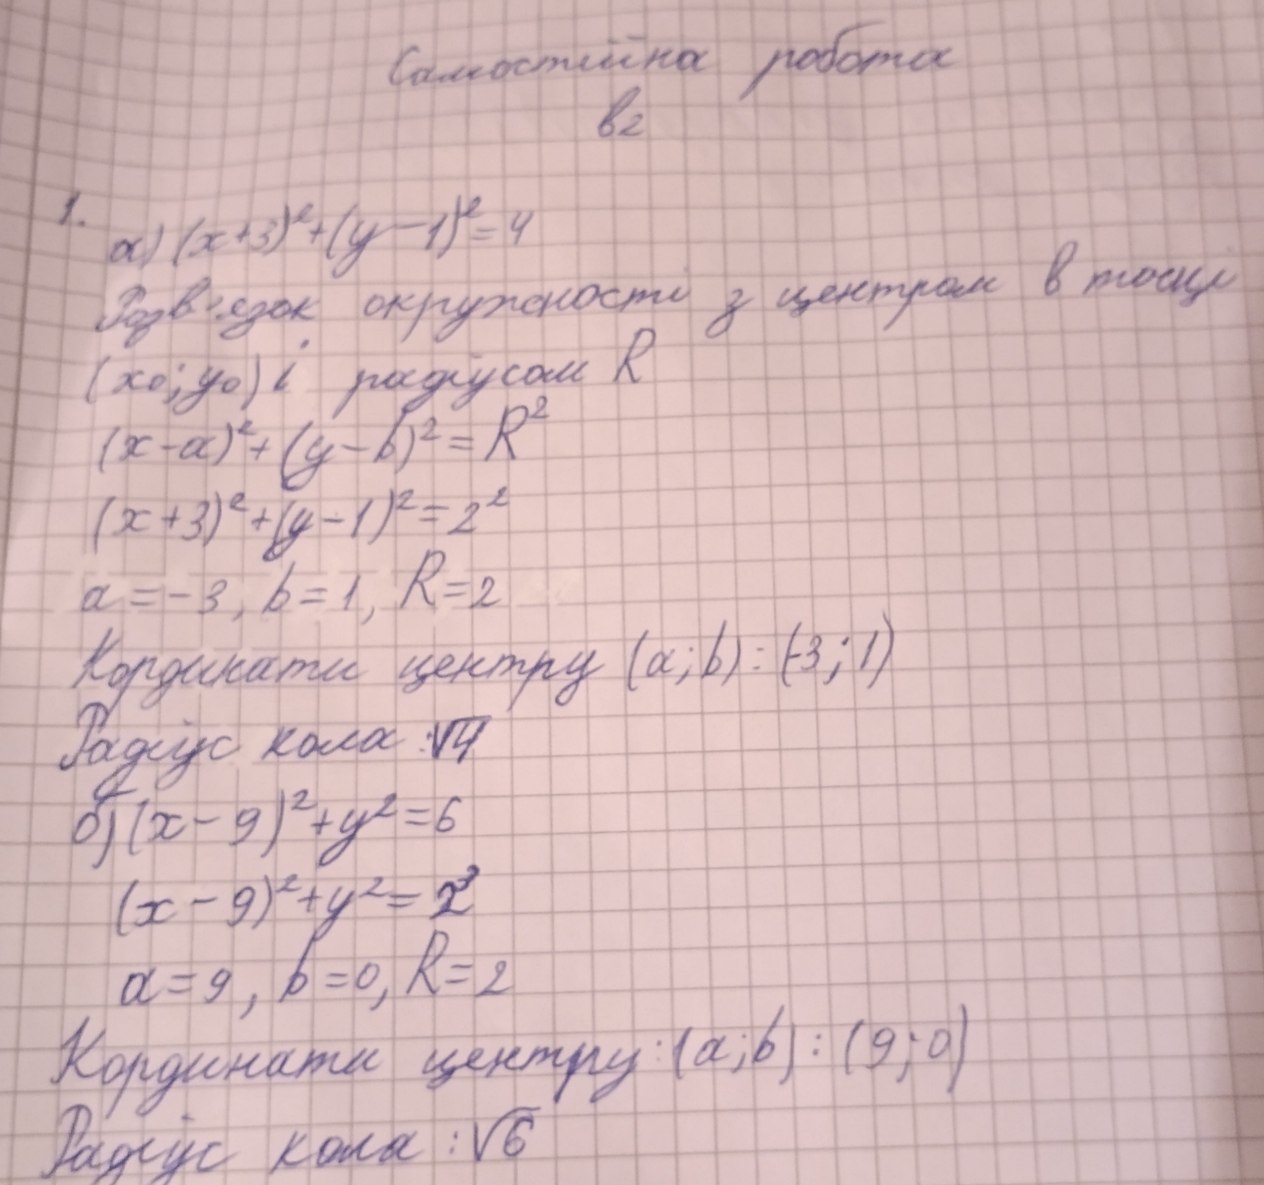
Самостійна робота
в2
1. a) (x + 3)^2 + (y - 1)^2 = 4
Розв'язок: окружності з центром в точці
(x0; y0) i радіусом R
(x - a)^2 + (y - b)^2 = R^2
(x + 3)^2 + (y - 1)^2 = 2^2
a = -3, b = 1, R = 2
Кординати центру (a; b) = (-3; 1)
Радіус кола: \sqrt{4}
d) (x - 9)^2 + y^2 = 6
(x - 9)^2 + y^2 = 2^2
a = 9, b = 0, R = 2
Координати центру : (a; b) : (9; 0)
Радіус кола: \sqrt{6}